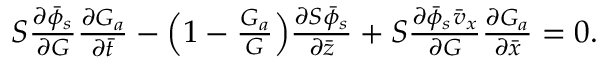
\begin{array} { r } { S \frac { \partial \bar { \phi } _ { s } } { \partial G } \frac { \partial G _ { a } } { \partial \bar { t } } - \Bigl ( 1 - \frac { G _ { a } } { G } \Bigr ) \frac { \partial S \bar { \phi } _ { s } } { \partial \bar { z } } + S \frac { \partial \bar { \phi } _ { s } \bar { v } _ { x } } { \partial G } \frac { \partial G _ { a } } { \partial \bar { x } } = 0 . } \end{array}